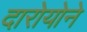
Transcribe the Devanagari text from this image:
दारोयोने